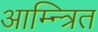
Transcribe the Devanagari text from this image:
आम्न्त्रित